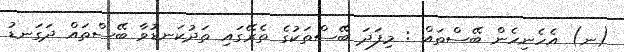
(ނ) އެހެނިހެން ބޭސްތައް : މިފަދަ ބޭސްތަކުގެ ތެރޭގައި ތަދުކަނޑުވާ ބޭސްތައް ދަގަނޑު